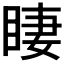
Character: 𱲾